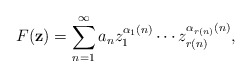
\begin{align*} F(\mathbf{z})=\sum_{n=1}^\infty a_n z_1^{\alpha_1(n)}\cdots z_{r(n)}^{\alpha_{r(n)}(n)},\end{align*}